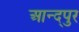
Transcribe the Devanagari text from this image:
आन्द्पुर